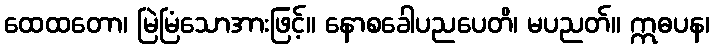
ထေထတော၊ မြဲမြံသောအားဖြင့်။ နောစခေါပညပေတိ၊ မပညတ်။ ဣဓပန၊